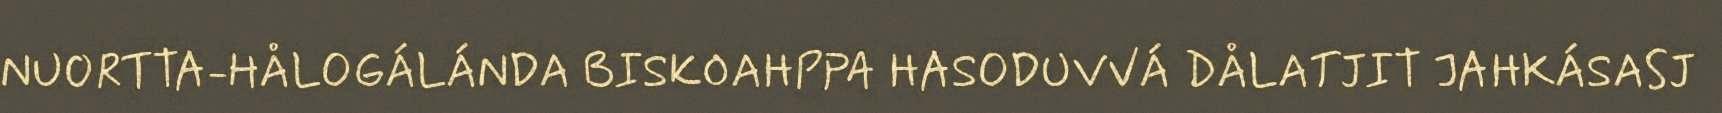
NUORTTA-HÅLOGÁLÁNDA BISKOAHPPA HASODUVVÁ DÅLATJIT JAHKÁSASJ